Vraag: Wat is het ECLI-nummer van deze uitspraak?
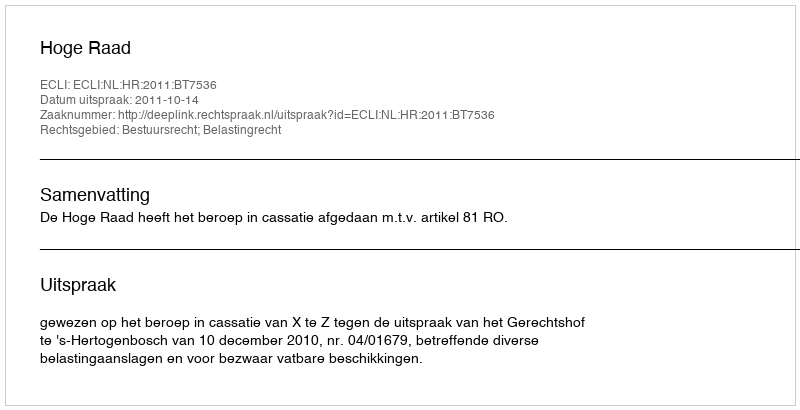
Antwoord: ECLI:NL:HR:2011:BT7536